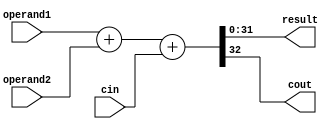
// This program was cloned from: https://github.com/Men1scus/Principles_of_Computer_Organization
// License: MIT License

`timescale 1ns / 1ps
//*************************************************************************
//   > : adder.v
//   >   "+"
//   >   : LOONGSON
//   >   : 2016-04-14
//*************************************************************************
module adder(
    input  [31:0] operand1,
    input  [31:0] operand2,
    // input  [31:0] operand1_H,
    // input  [31:0] operand1_L,
    // input  [31:0] operand2_H,
    // input  [31:0] operand2_L,

    input         cin,

    output [31:0] result,
    // output [31:0] result_H,
    // output [31:0] result_L,

    output cout
    );

    // wire [31:0] cout_L;
    
    assign {cout,result} = operand1 + operand2 + cin;
    // assign {cout_L, result_L} = operand1_L + operand2_L + cin;
    // assign {cout, result_H} = operand1_H + operand2_H + cout_L;
    // assign {cout, result_H, result_L} = {operand1_H, operand1_L} + {operand2_H, operand2_L} + cin;

endmodule